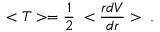
< T > = \frac { 1 } { 2 } \; < \frac { r d V } { d r } > \; .